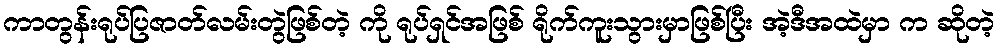
ကာတွန်းရုပ်ပြဇာတ်လမ်းတွဲဖြစ်တဲ့ ကို ရုပ်ရှင်အဖြစ် ရိုက်ကူးသွားမှာဖြစ်ပြီး အဲ့ဒီအထဲမှာ က ဆိုတဲ့